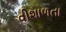
વીશાળતા